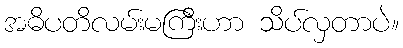
အဓိပတိလမ်းမကြီးဟာ သိပ်လှတာပဲ။